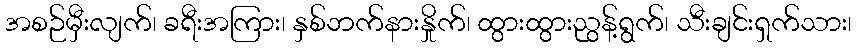
အစဉ်မှီးလျက်၊ ခရီးအကြား၊ နှစ်ဘက်နားနှိုက်၊ ထွားထွားညွန့်ရွက်၊ သီးချင်းရှက်သား၊